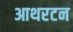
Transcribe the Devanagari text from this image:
आथरटन